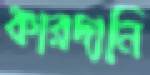
কারদানি